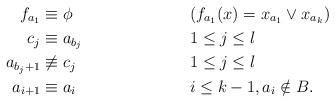
LaTeX: \begin{align*}f_{a_1} &\equiv \phi && (f_{a_1}(x) = x_{a_1} \lor x_{a_k})\\c_j &\equiv a_{b_j} && 1 \le j \le l\\a_{b_j + 1} &\not\equiv c_j && 1 \le j \le l\\a_{i+1} &\equiv a_i && i \le k - 1, a_i \notin B.\end{align*}